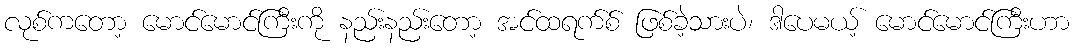
လုစ်ကတော့ မောင်မောင်ကြီးကို နည်းနည်းတော့ အင်ထရက်စ် ဖြစ်ခဲ့သားပဲ၊ ဒါပေမယ့် မောင်မောင်ကြီးဟာ